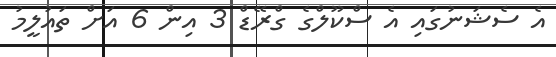
އެ ސެޝަނުގައި އެ ސްކޫލްގެ ގްރޭޑް 3 އިން 6 އަށް ތައުލީމު